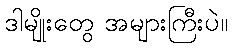
ဒါမျိုးတွေ အများကြီးပဲ။